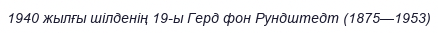
1940 жылғы шілденің 19-ы Герд фон Рундштедт (1875—1953)